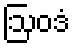
ဩဝဒံ